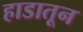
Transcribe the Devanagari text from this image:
हाडातून